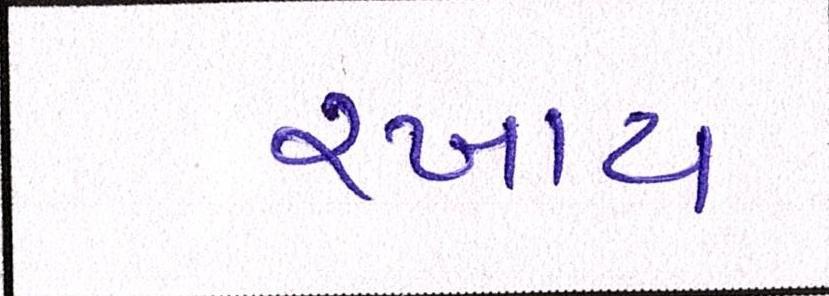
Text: રખાય